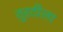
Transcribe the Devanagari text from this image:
तुरटीला